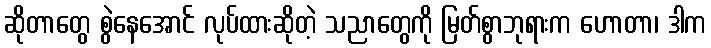
ဆိုတာတွေ စွဲနေအောင် လုပ်ထားဆိုတဲ့ သညာတွေကို မြတ်စွာဘုရားက ဟောတာ၊ ဒါက